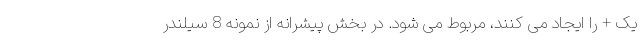
یک + را ایجاد می کنند، مربوط می شود. در بخش پیشرانه از نمونه 8 سیلندر